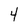
Character: 4